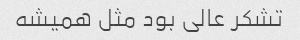
تشکر عالی بود مثل همیشه